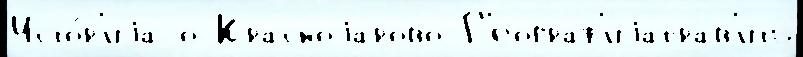
Исто́р'иjа о Красноjарово Г'еограф'иjаправ'ить